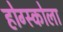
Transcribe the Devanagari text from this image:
होग्स्कोला